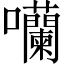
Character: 囒